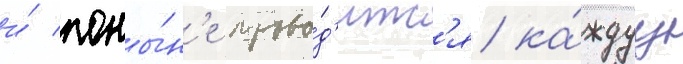
и́ поны́н'е прово́д'итс'я ка́ждуу